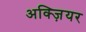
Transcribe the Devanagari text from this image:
अक्ज़ियर